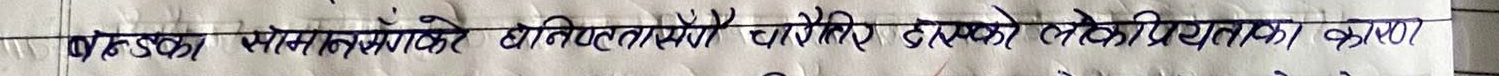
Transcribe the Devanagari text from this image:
बन्ड सोमालियाले क्षेत्रीयता चाहिए यसको लोकप्रियताका कारण